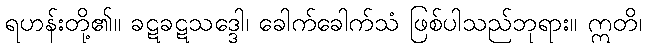
ရဟန်းတို့၏။ ခဋခဋသဒ္ဒေါ၊ ခေါက်ခေါက်သံ ဖြစ်ပါသည်ဘုရား။ ဣတိ၊